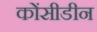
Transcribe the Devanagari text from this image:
कोंसीडीन